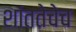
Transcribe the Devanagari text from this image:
शांततेचेच